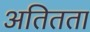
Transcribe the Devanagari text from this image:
अतितता